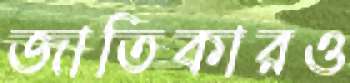
জাতিকারও